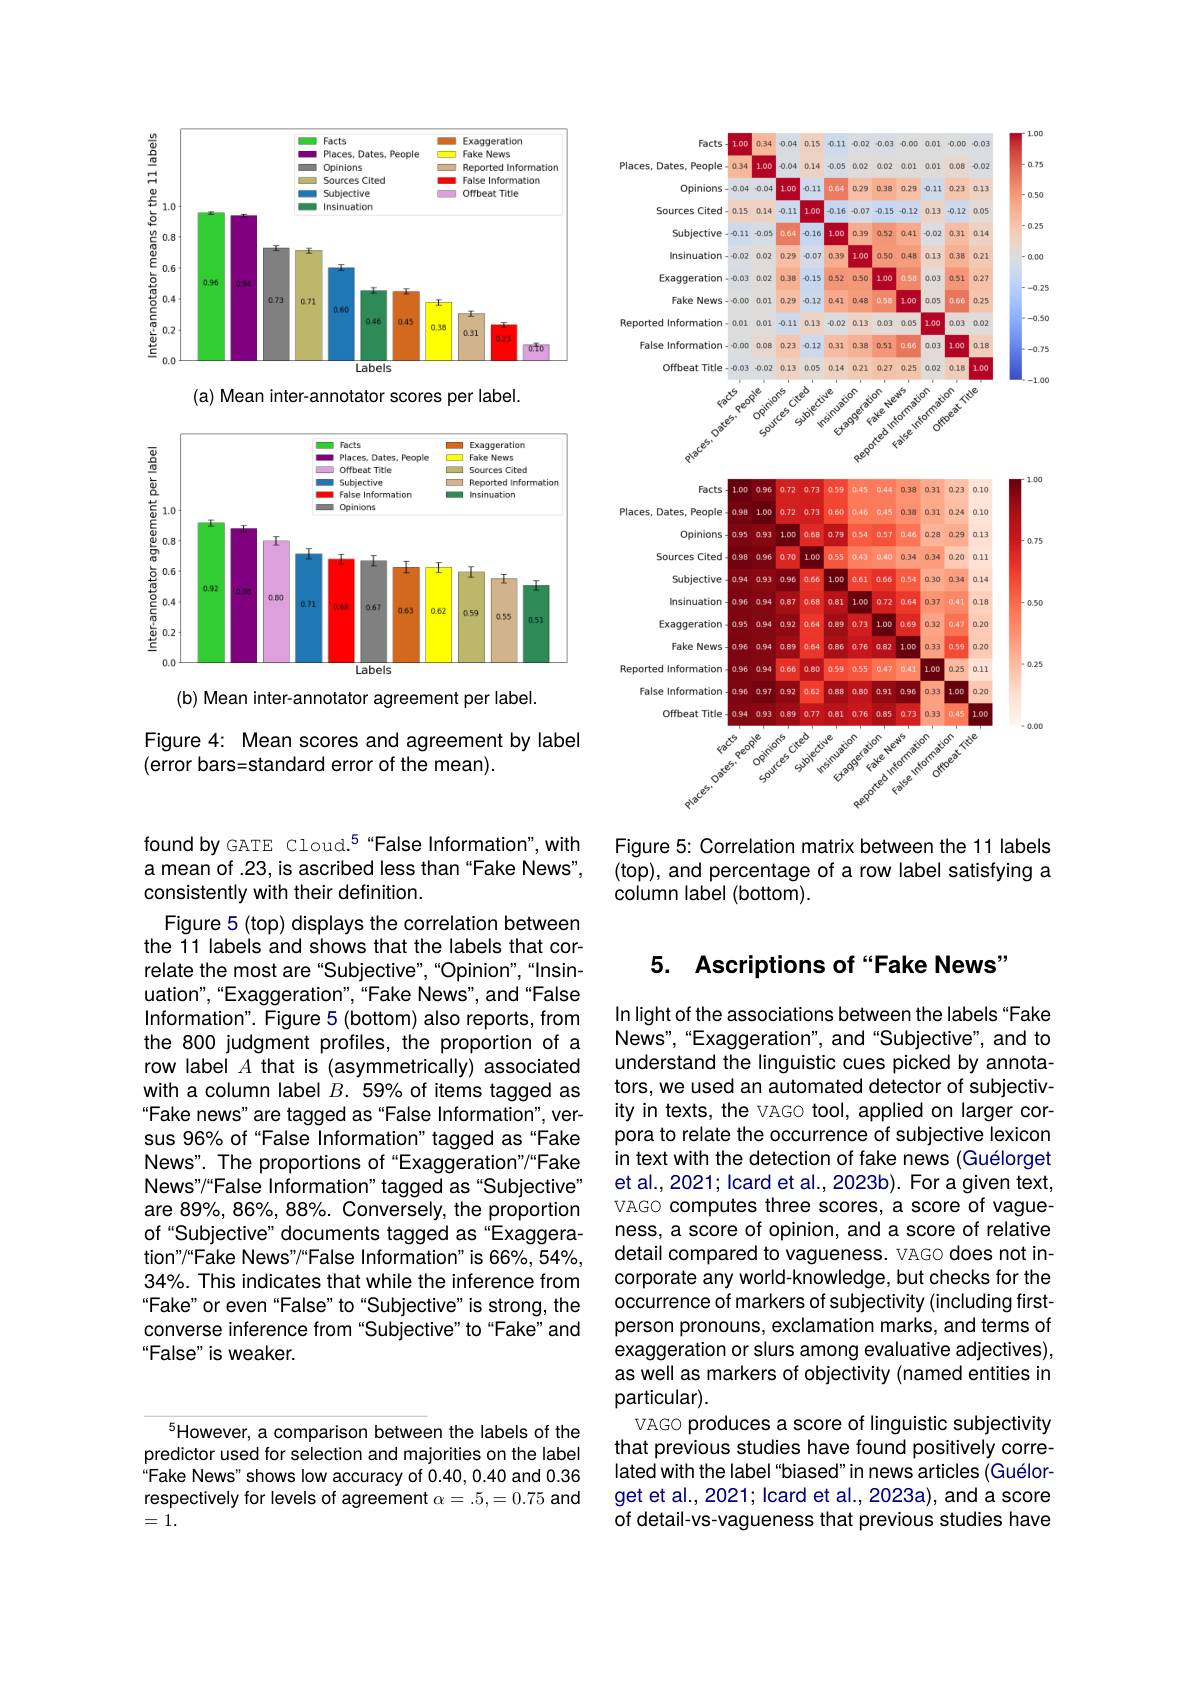
<FigureHere>

Figure 5: Correlation matrix between the 11 labels (top), and percentage of a row label satisfying a column label (bottom).

## 5. Ascriptions of“Fake News”

found by GATE Cloud.$^{5}$“False Information”,with a mean of .23, is ascribed less than "Fake News", consistently with their definition.
Figure 5 (top) displays the correlation between the 11 labels and shows that the labels that correlate the most are "Subjective",“Opinion",“Insinuation",“Exaggeration”,“Fake News", and“False Information". Figure 5 (bottom) also reports, from the 800 judgment profiles, the proportion of a row label $A$ that is (asymmetrically) associated with a column label $B.59\%$ of items tagged as Fake news" are tagged as "False Information", versus 96% of "False Information" tagged as "Fake News". The proportions of“Exaggeration”/“Fake News"/“False Information”tagged as“Subjective’ are 89%, 86%, 88%. Conversely, the proportion of“Subjective” documents tagged as"Exaggeration"/“Fake News"/"False Information" is 66%,54%, 34%. This indicates that while the inference from “Fake" or even "False" to "Subjective" is strong, the converse inference from "Subjective" to“Fake”and “False" is weaker.

In light of the associations between the labels "Fake News",“Exaggeration”, and“Subjective”, and to understand the linguistic cues picked by annotators, we used an automated detector of subjectivity in texts, the VAGO tool, applied on larger corpora to relate the occurrence of subjective lexicon in text with the detection of fake news (Guélorget et al., 2021; Icard et al., 2023b). For a given text, VAGO computes three scores, a score of vagueness, a score of opinion, and a score of relative detail compared to vagueness. VAGO does not incorporate any world-knowledge, but checks for the occurrence of markers of subjectivity (including firstperson pronouns, exclamation marks, and terms of exaggeration or slurs among evaluative adjectives), as well as markers of objectivity (named entities in particular).
VAGO produces a score of linguistic subjectivity that previous studies have found positively correlated with the label "biased" in news articles (Guélorget et al., 2021; Icard et al., 2023a), and a score of detail-vs-vagueness that previous studies have

$^{5}$However, a comparison between the labels of the predictor used for selection and majorities on the label Fake News" shows low accuracy of 0.40, 0.40 and 0.36 respectively for levels of agreement $\alpha=.5,=0.75$ and =1.